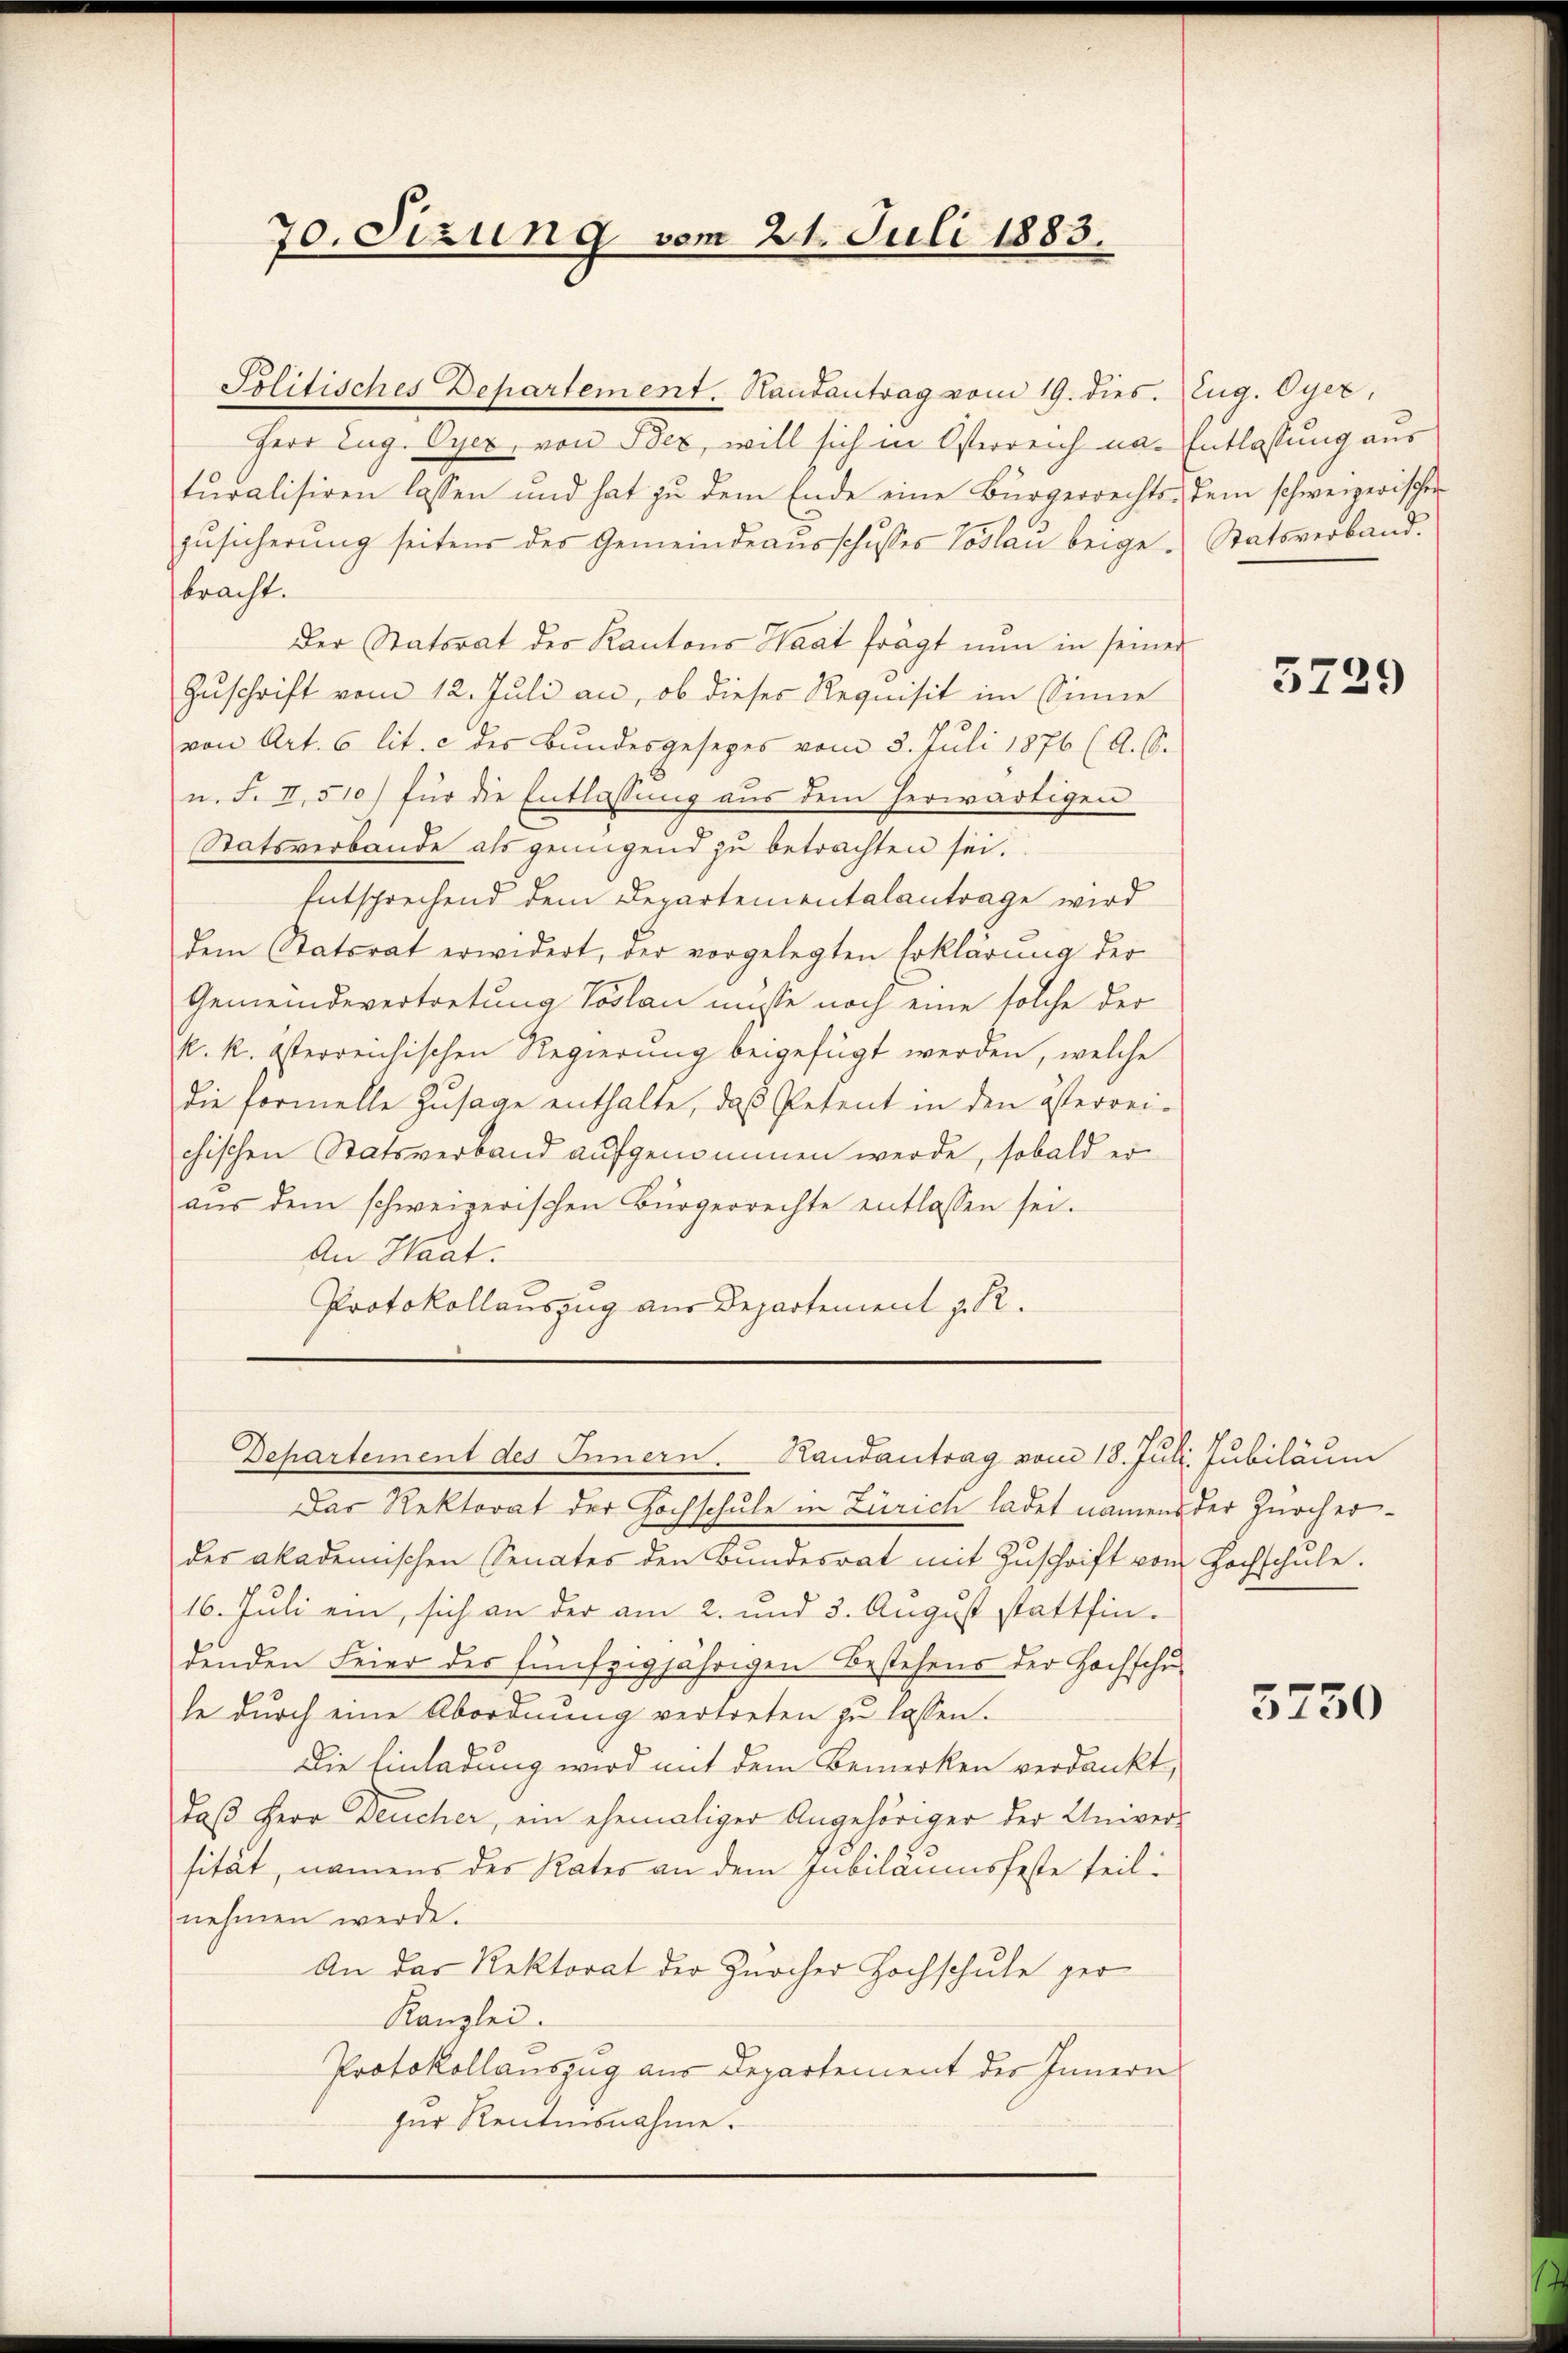
70. Sizung vom 21. Juli 1883.

Politisches Departement. Handantrag vom 19. dies

Herr Zug. Oyer, von Bex, will sich in Österreich naturalisiren lassen und hat zu dem Ende eine Bürgerrechtszŭsicherŭng seitens des Gemeindeausschusses Loslau beige-
bracht.
Der Statorat des Kantons Haat frägt nun in seiner
Zuschrift vom 12. Juli an, ob dieses Requisit im Sinne
von Art. 6 lit. c des Bundesgesezes vom 3. Juli 1876 (A. O.
n. F. II, 510) für die Entlassung aus dem herwärtigen
Statsverbande als genügend zu betrachten sei.
Entsprechend dem Departementalantrage wird
dem Statsrat erwidert, der vorgelegten Erklärŭng der
Gemeindevertretung Vorlan müsse noch eine solche der
k. k. österreichischen Regierung beigefügt werden, welche
die formelle Zusage enthalte, daß Petent in den österrei-
chischen Statsverband aufgenommen werde, sobald er
aŭs dem schweizerischen Bürgerrechte entlassen sei.
An Haat:
Protokollauszug aus Departement z. R.
Departement des Innern. Randantrag vom 18. Juli Jubiläum
Das Rektorat der Hochschule in Zürich ladet namens der Zürcherdes akademischen Senates den Bundesrat mit Zuschrift von Hochschule.
16. Juli ein, sich an der am 2. und 3. August stattfindenden Feier des fünfzigjährigen Bestehens der Hochschu
le durch eine Abordnung vertreten zu lassen.
Die Einladung wird mit dem Bemerken verdankt,
daß Herr Deucher, ein ehemaliger Angehöriger der Univer-
sität, namens des Rates an dem Jubiläumsfeste teil:
nehmen werde.
An das Rektorat der Zürcher Hochschule ger
Kanzlei.
Protokollauszug aus Departement des Innern
zur Rentensnahme.

Eug. Oyer,
Entlassung aus
dem schweizerischen
Statsverband.

5729

5750